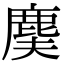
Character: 𪊐